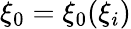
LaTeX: \xi_{0}=\xi_{0}(\xi_{i})